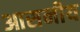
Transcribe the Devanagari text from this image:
आसनीय